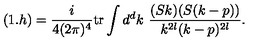
( 1 . h ) = \frac { i } { 4 ( 2 \pi ) ^ { 4 } } \mathrm { t r } \int d ^ { d } k \ \frac { ( S k ) ( S ( k - p ) ) } { k ^ { 2 l } ( k - p ) ^ { 2 l } } .